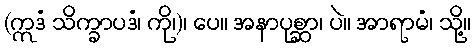
(ဣဒံ သိက္ခာပဒံ၊ ကို၊)၊ ပေ။ အနာပုစ္ဆာ၊ ပဲ။ အာရာမံ၊ သို့။